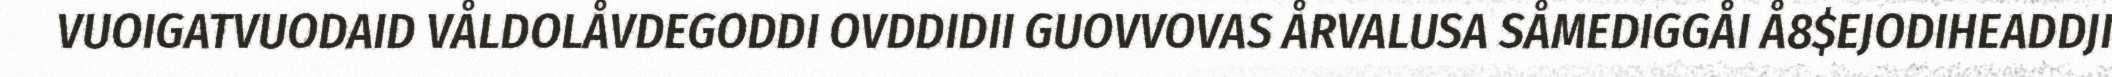
VUOIGATVUODAID VÅLDOLÅVDEGODDI OVDDIDII GUOVVOVAS ÅRVALUSA SÅMEDIGGÅI Å8$EJODIHEADDJI